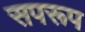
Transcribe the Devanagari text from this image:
सपरूप